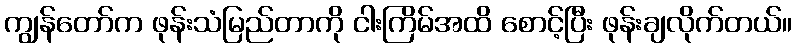
ကျွန်တော်က ဖုန်းသံမြည်တာကို ငါးကြိမ်အထိ စောင့်ပြီး ဖုန်းချလိုက်တယ်။